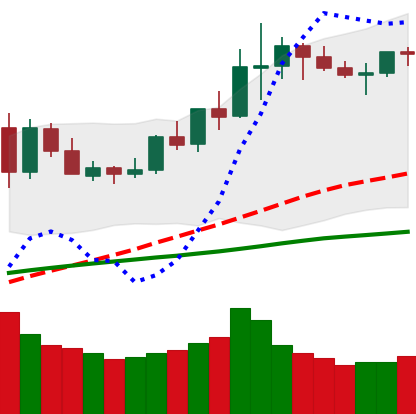
Ticker: LINK-USD
Chart end date: 2020-06-09
Forward return: -11.126%
Label: down_7plus